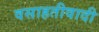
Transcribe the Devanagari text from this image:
वसाहतीवादी